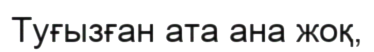
Туғызған ата ана жоқ,